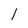
Character: l